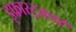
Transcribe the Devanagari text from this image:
इफ्रास्ट्रक्चर